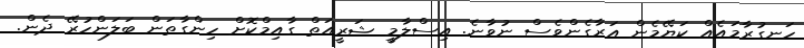
ހަނގުރާމައެއް ކަޔޭމެން އަރާގެންވެސް ނުވާނެ. އިސްލާމީ ޝަރީއަތް ގާއިމްކޮށް ހިންގާތަން ބަލަންހުރޭ ދެން.